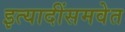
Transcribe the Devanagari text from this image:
इत्यादींसमवेत